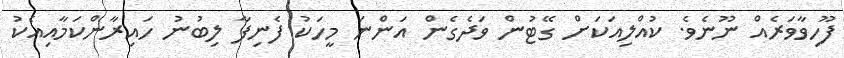
ފޫހިވާވަރެއް ނޫނެވެ. ކުއްލިއަކަށް ގޭޓުން ވަދެގެން އަންނަ މީހަކު ފެނިފާ ލިބުނު ހައިރާންކަމާއިއެކު